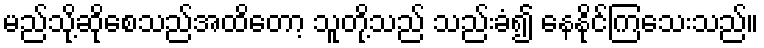
မည်သို့ဆိုစေသည်အထိတော့ သူတို့သည် သည်းခံ၍ နေနိုင်ကြသေးသည်။